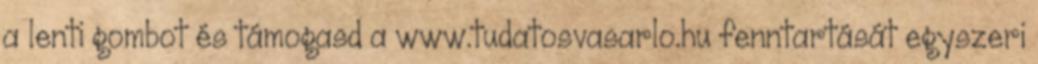
a lenti gombot és támogasd a www.tudatosvasarlo.hu fenntartását egyszeri